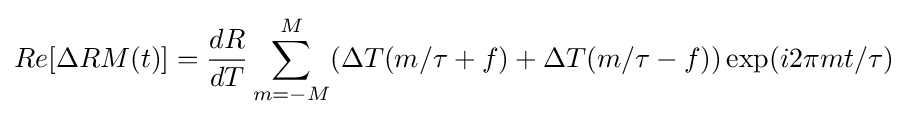
Re[\Delta RM(t)]={\frac {dR}{dT}}\sum _{m=-M}^{M}(\Delta T(m/\tau +f)+\Delta T(m/\tau -f))\exp(i2\pi mt/\tau )